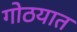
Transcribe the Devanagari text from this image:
गोठयात